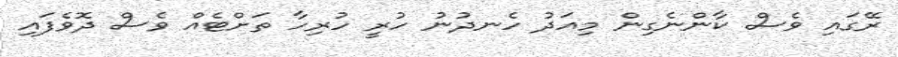
ރޭގައި ވެސް ކާންނެގިން މިއަދު ހެނދުނު ހުރީ ހުރިހާ ތަށްޓެއް ވެސް ދޮވެފައި